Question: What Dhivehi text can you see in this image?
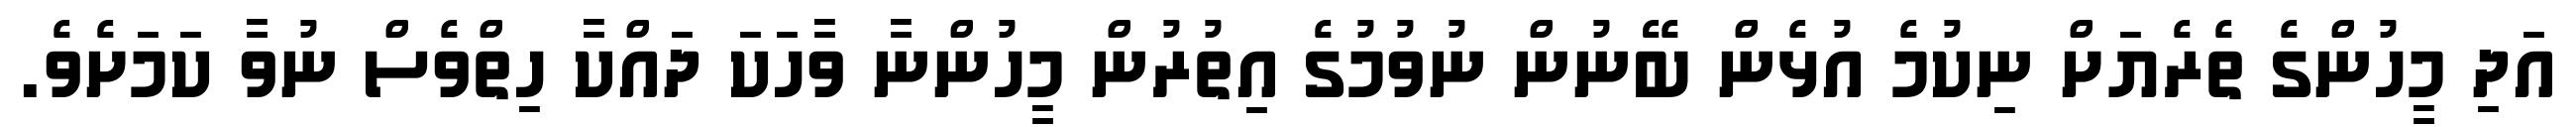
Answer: އަދި މީހުންގެ ތެރެޔަށް ނިކުމެ އުޅެން ބޭނުން ނުވުމުގެ އިތުރުން މީހުންނާ ވާހަކަ ދައްކާ ހިތްވެސް ނުވާ ކަމަށެވެ.